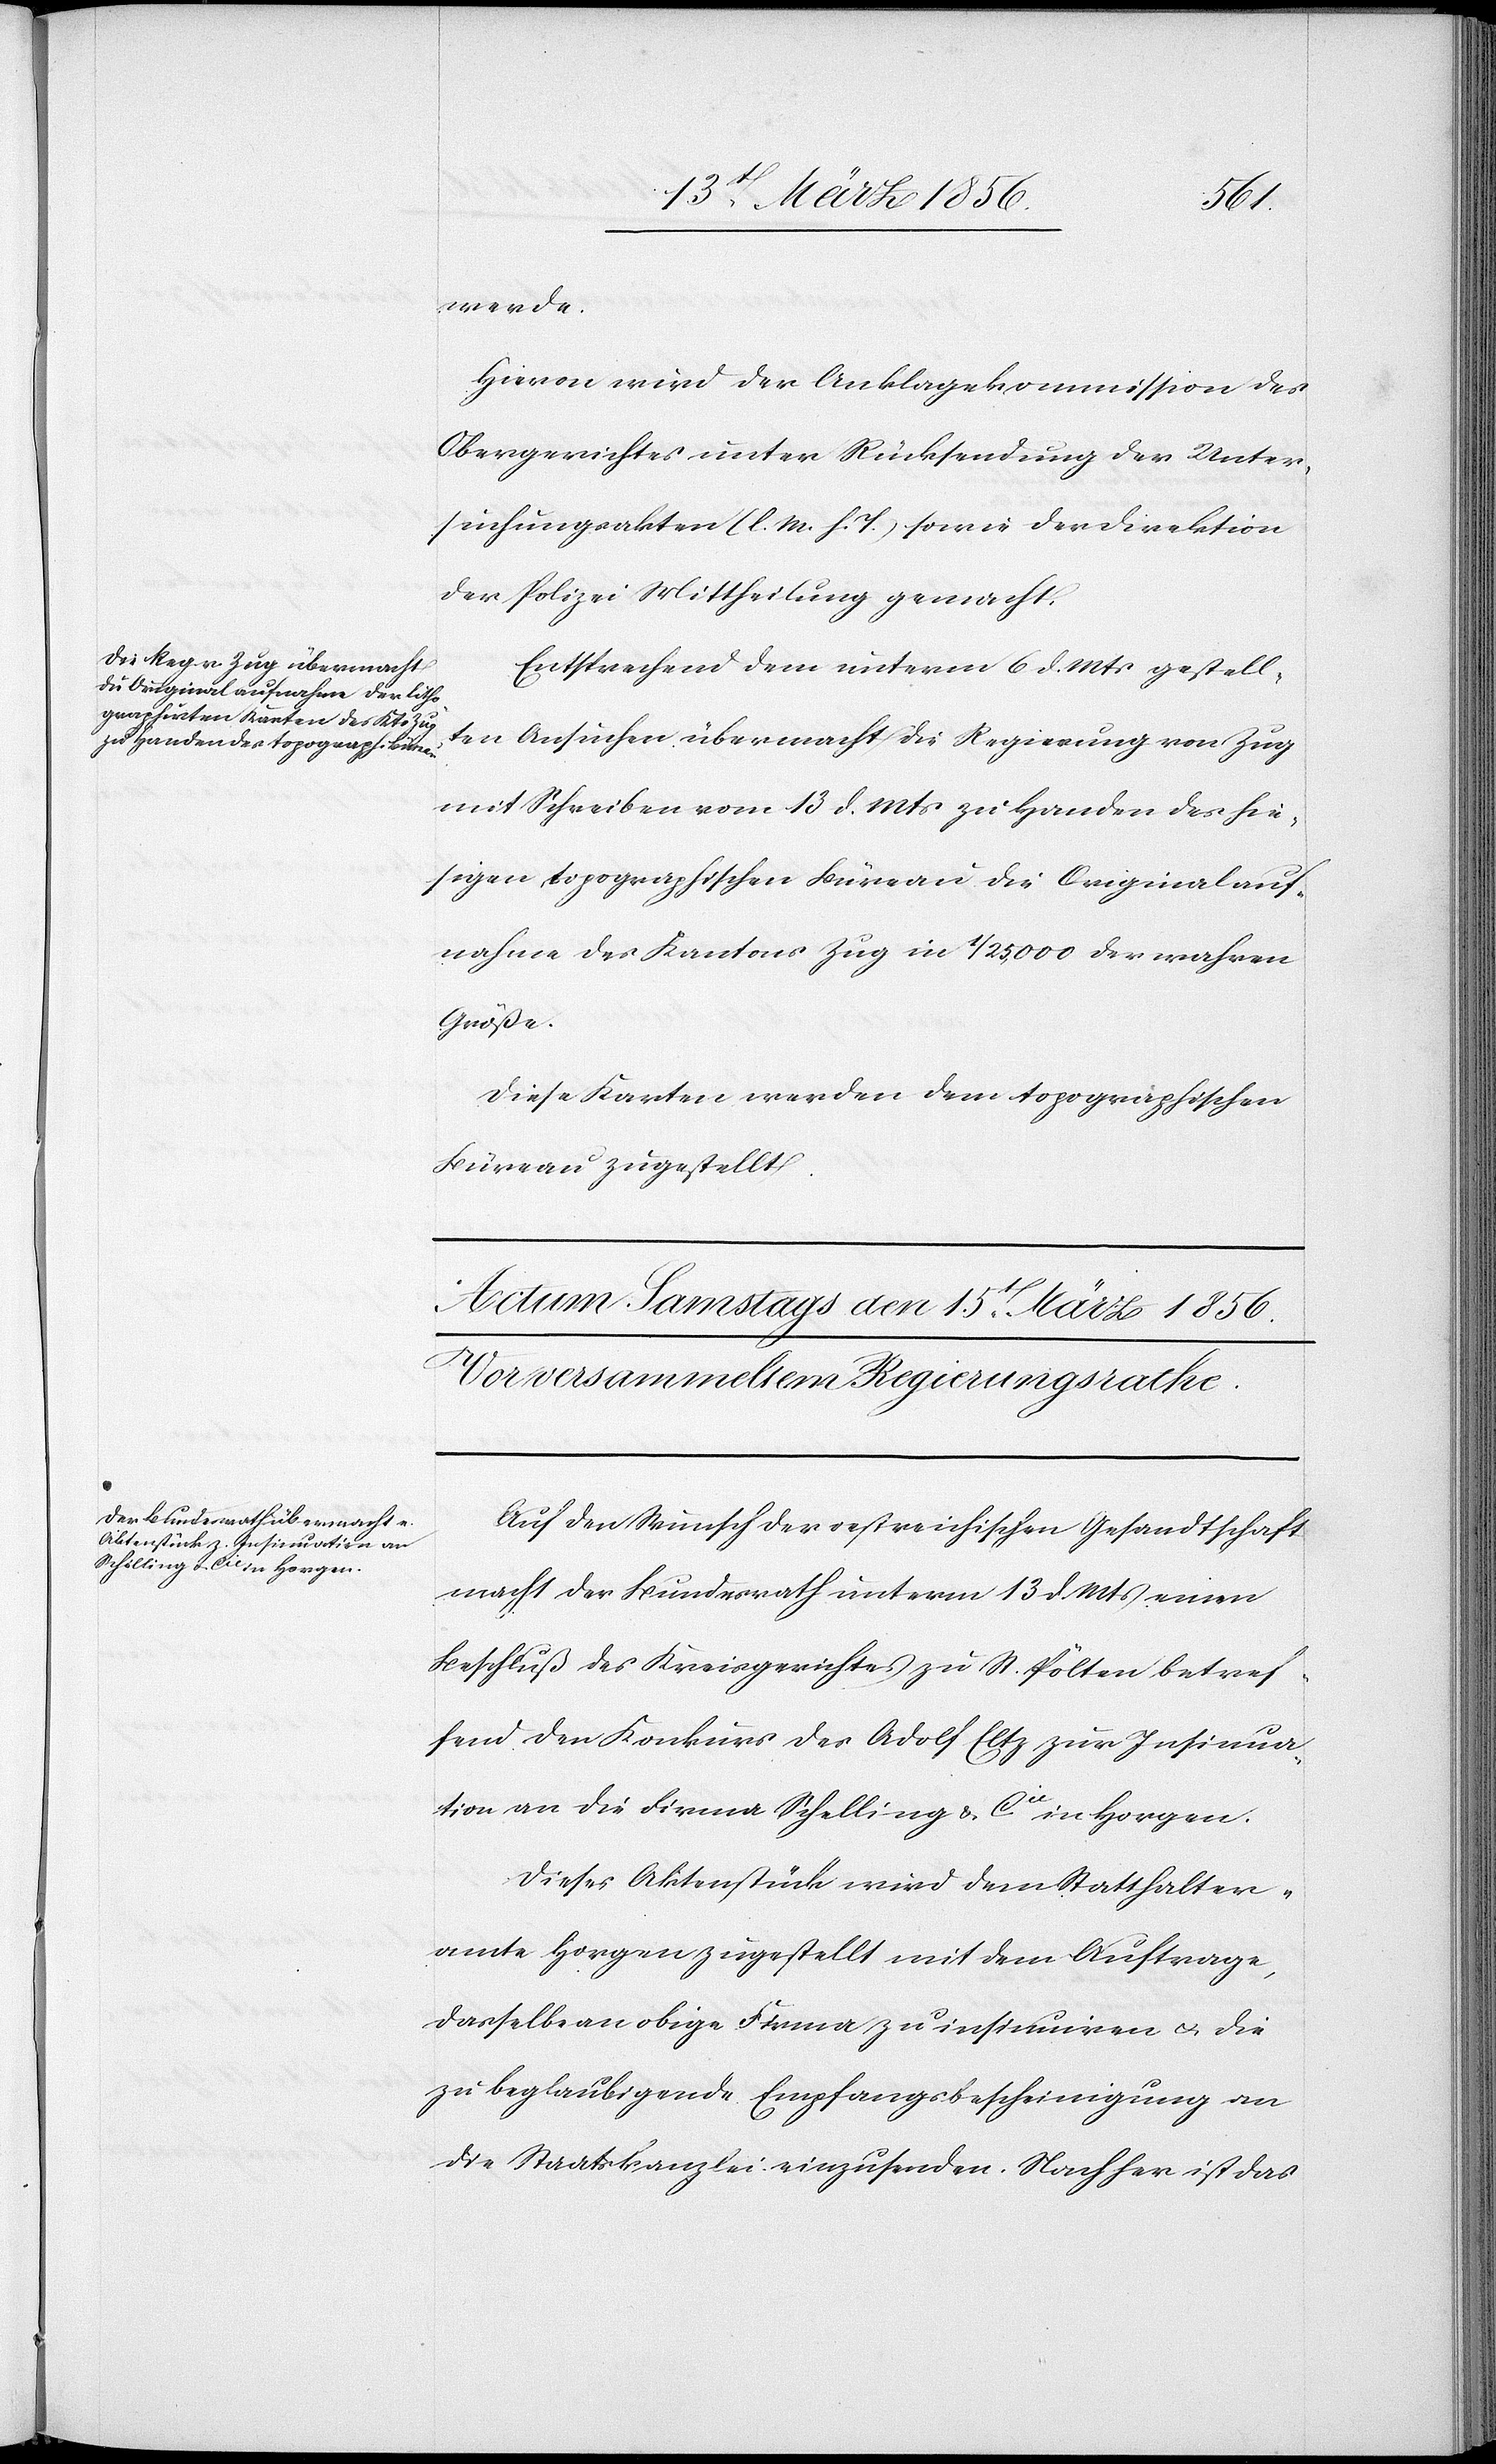
den
14t März 1856.]
werde.
Hievon wird der Anklagekommission des
Obergerichtes unter Rücksendung der Unter¬
suchungsakten (l. M. h. T.) sowie der Direktion
der Polizei Mittheilung gemacht.
Entsprechend dem unterm 6 d. Mts gestell¬
ten Ansuchen übermacht die Regierung von Zug
mit Schreiben vom 13 d. Mts zu Handen des hie¬
sigen topographischen Büreau die Originalauf¬
nahme des Kantons Zug in 1/25,000 der wahren
Größe.
Diese Karten werden dem topographischen
Büreau zugestellt.
Auf den Wunsch der oestreichischen Gesandtschaft
macht der Bundesrath unterm 13 d. Mts einen
Beschluß des Kreisgerichtes zu St. Pölten betref¬
fend den Konkurs des Adolf Eltz zur Insinua¬
tion an die Firma Schelling & Cie in Horgen.
Dieses Aktenstück wird dem Statthalter¬
amte Horgen zugestellt mit dem Auftrage,
dasselbe an obige Firma zu insinuiren u. die
zu beglaubigende Empfangsbescheinigung an
die Staatskanzlei einzusenden. Nachher ist das